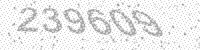
Solution: 239609